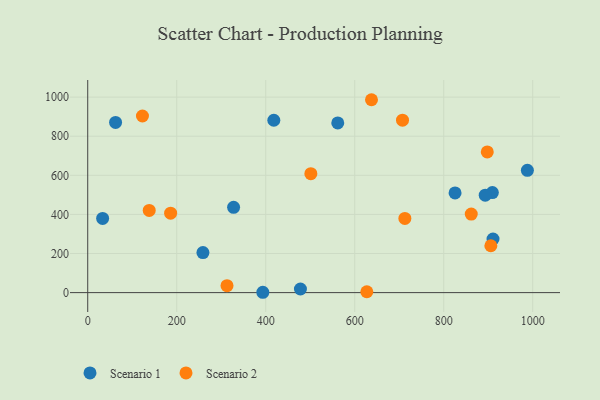
{"axis": {"x": "Distance", "y": "Profit"}, "legend": ["Scenario 1", "Scenario 2"], "data": [{"x": "825.5", "y": 510.1, "type": "Scenario 1"}, {"x": "33.5", "y": 379.3, "type": "Scenario 1"}, {"x": "909.3", "y": 511.6, "type": "Scenario 1"}, {"x": "893.3", "y": 498.6, "type": "Scenario 1"}, {"x": "62.6", "y": 870.7, "type": "Scenario 1"}, {"x": "258.9", "y": 205.0, "type": "Scenario 1"}, {"x": "561.9", "y": 868.0, "type": "Scenario 1"}, {"x": "393.5", "y": 1.7, "type": "Scenario 1"}, {"x": "418.2", "y": 881.7, "type": "Scenario 1"}, {"x": "910.8", "y": 274.1, "type": "Scenario 1"}, {"x": "988.0", "y": 625.3, "type": "Scenario 1"}, {"x": "327.8", "y": 436.1, "type": "Scenario 1"}, {"x": "478.0", "y": 18.4, "type": "Scenario 1"}, {"x": "138.2", "y": 420.3, "type": "Scenario 2"}, {"x": "861.9", "y": 401.6, "type": "Scenario 2"}, {"x": "123.0", "y": 903.4, "type": "Scenario 2"}, {"x": "637.7", "y": 986.6, "type": "Scenario 2"}, {"x": "313.0", "y": 35.6, "type": "Scenario 2"}, {"x": "186.3", "y": 406.1, "type": "Scenario 2"}, {"x": "627.2", "y": 4.4, "type": "Scenario 2"}, {"x": "707.4", "y": 882.1, "type": "Scenario 2"}, {"x": "897.9", "y": 719.6, "type": "Scenario 2"}, {"x": "501.4", "y": 608.5, "type": "Scenario 2"}, {"x": "712.7", "y": 379.3, "type": "Scenario 2"}, {"x": "905.9", "y": 239.8, "type": "Scenario 2"}]}